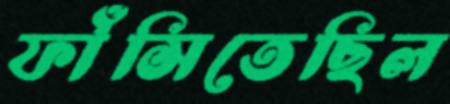
ফাঁসিতেছিল